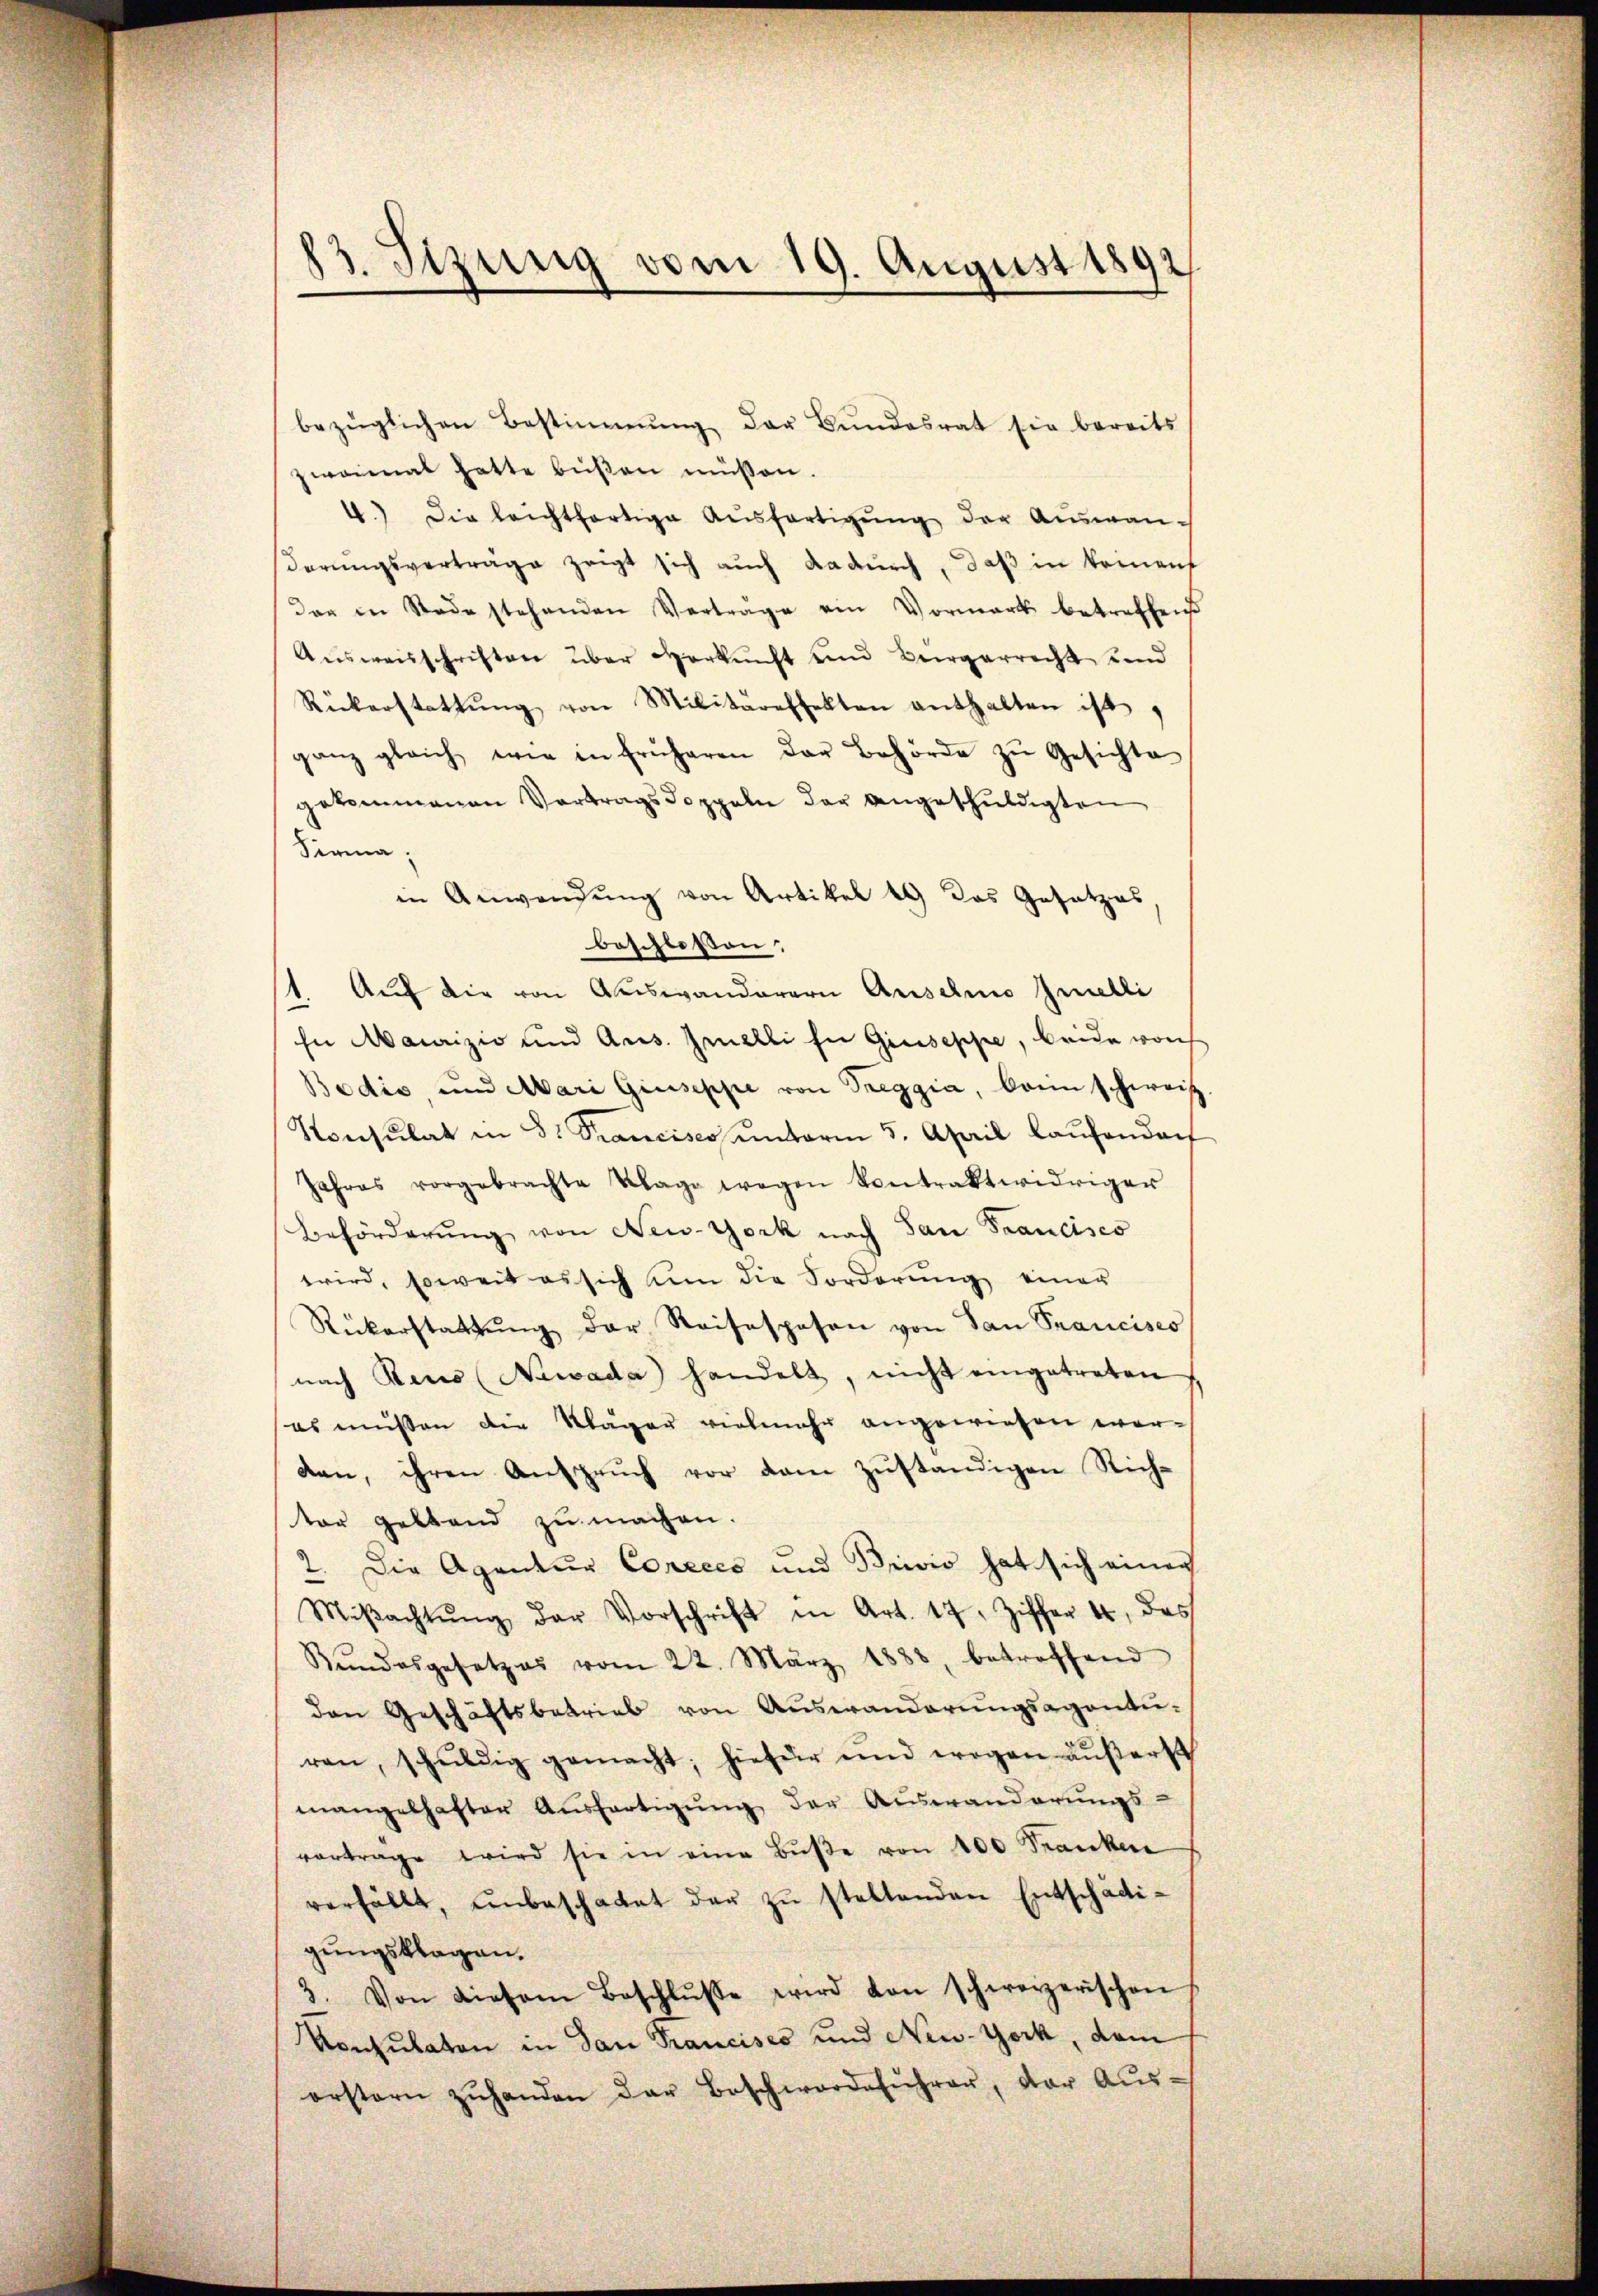
13. Sizung vom 19. August 1892

bezüglichen Bestimmung der Bŭndesrat sie bereits
zweimat hatte bŭβen müssen.
4.) Die leichtfertige Aŭsfertigŭng der Aŭswanderungsvertrage zeigt sich auch dadurch, daß in keinen
der in Stade stehenden Verträge ein Vormark betreffend
Aŭsweisschriften über Verkunft und Bürgerrecht sind
Rückerstattŭng von Militäreffekten enthalten ist
ganz gleich wie in früheren der Behörde zŭ Gesichte
gekommenen Vertragsdoppeln der angeschuldigten
Sirna;
in Anwendung von Artikel 19 das Gesetzes
beschlossen:
1. Auf die von Auswanderern Auselno Imelli
hn Maurizio und Aus. Imelli in Giuseppe, beide von
Bodis, und Mari Giuseppe von Treggia, kann schweiz
Konsulat in 8. Francises ŭnterm 5. April laŭfendorf
Jahres vorgebrachte Klage wegen Kontraktwidriger
Beförderŭng von New-York nach San Francisco
wird, soweit es sich um die Forderŭng einer
Rükerstattŭng der Reisespesen von San Francisco
nach Reus (Newada handelt, nicht eingetreten
es müssen die Kläger vielmehr angewiesen wer-
dan, ihren Ansprŭch vor dem zŭständigen Richter geltend zu machen.
2. Die Agentur Coreces und Brivio hat sich einer
Miβachtŭng der Vorschrift in Art. 17, Ziffer 4,
f
Bŭndesgesetzes vom 22. März 1888 betreffend
den Geschäftsbetrieb von Auswanderŭngsagenturen, schŭldig gemacht; hiefür und wegen äußerst
mangelhafter Aŭsfertigŭng der Auswanderŭngs-
vortrage wird sie in eine Bŭβe von 100 Franken
verfällt, ŭnbeschadet der zŭ stellenden Entschädigungsklagen.
3. Von diesem Beschlŭsse wird von schweizerischen
Konsulaten in dan Francisco und New-York, dam
orstern zŭ handen der Beschwordesŭhrer, der Aŭs-